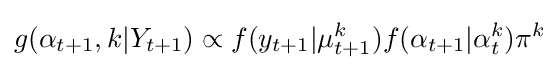
g(\alpha _{t+1},k|Y_{t+1})\propto f(y_{t+1}|\mu _{t+1}^{k})f(\alpha _{t+1}|\alpha _{t}^{k})\pi ^{k}